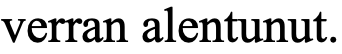
verran alentunut.